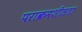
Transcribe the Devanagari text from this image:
पराक्रमशीलता